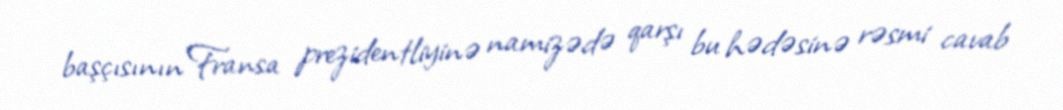
başçısının Fransa prezidentliyinə namizədə qarşı bu hədəsinə rəsmi cavab